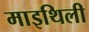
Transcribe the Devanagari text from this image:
माइथिली